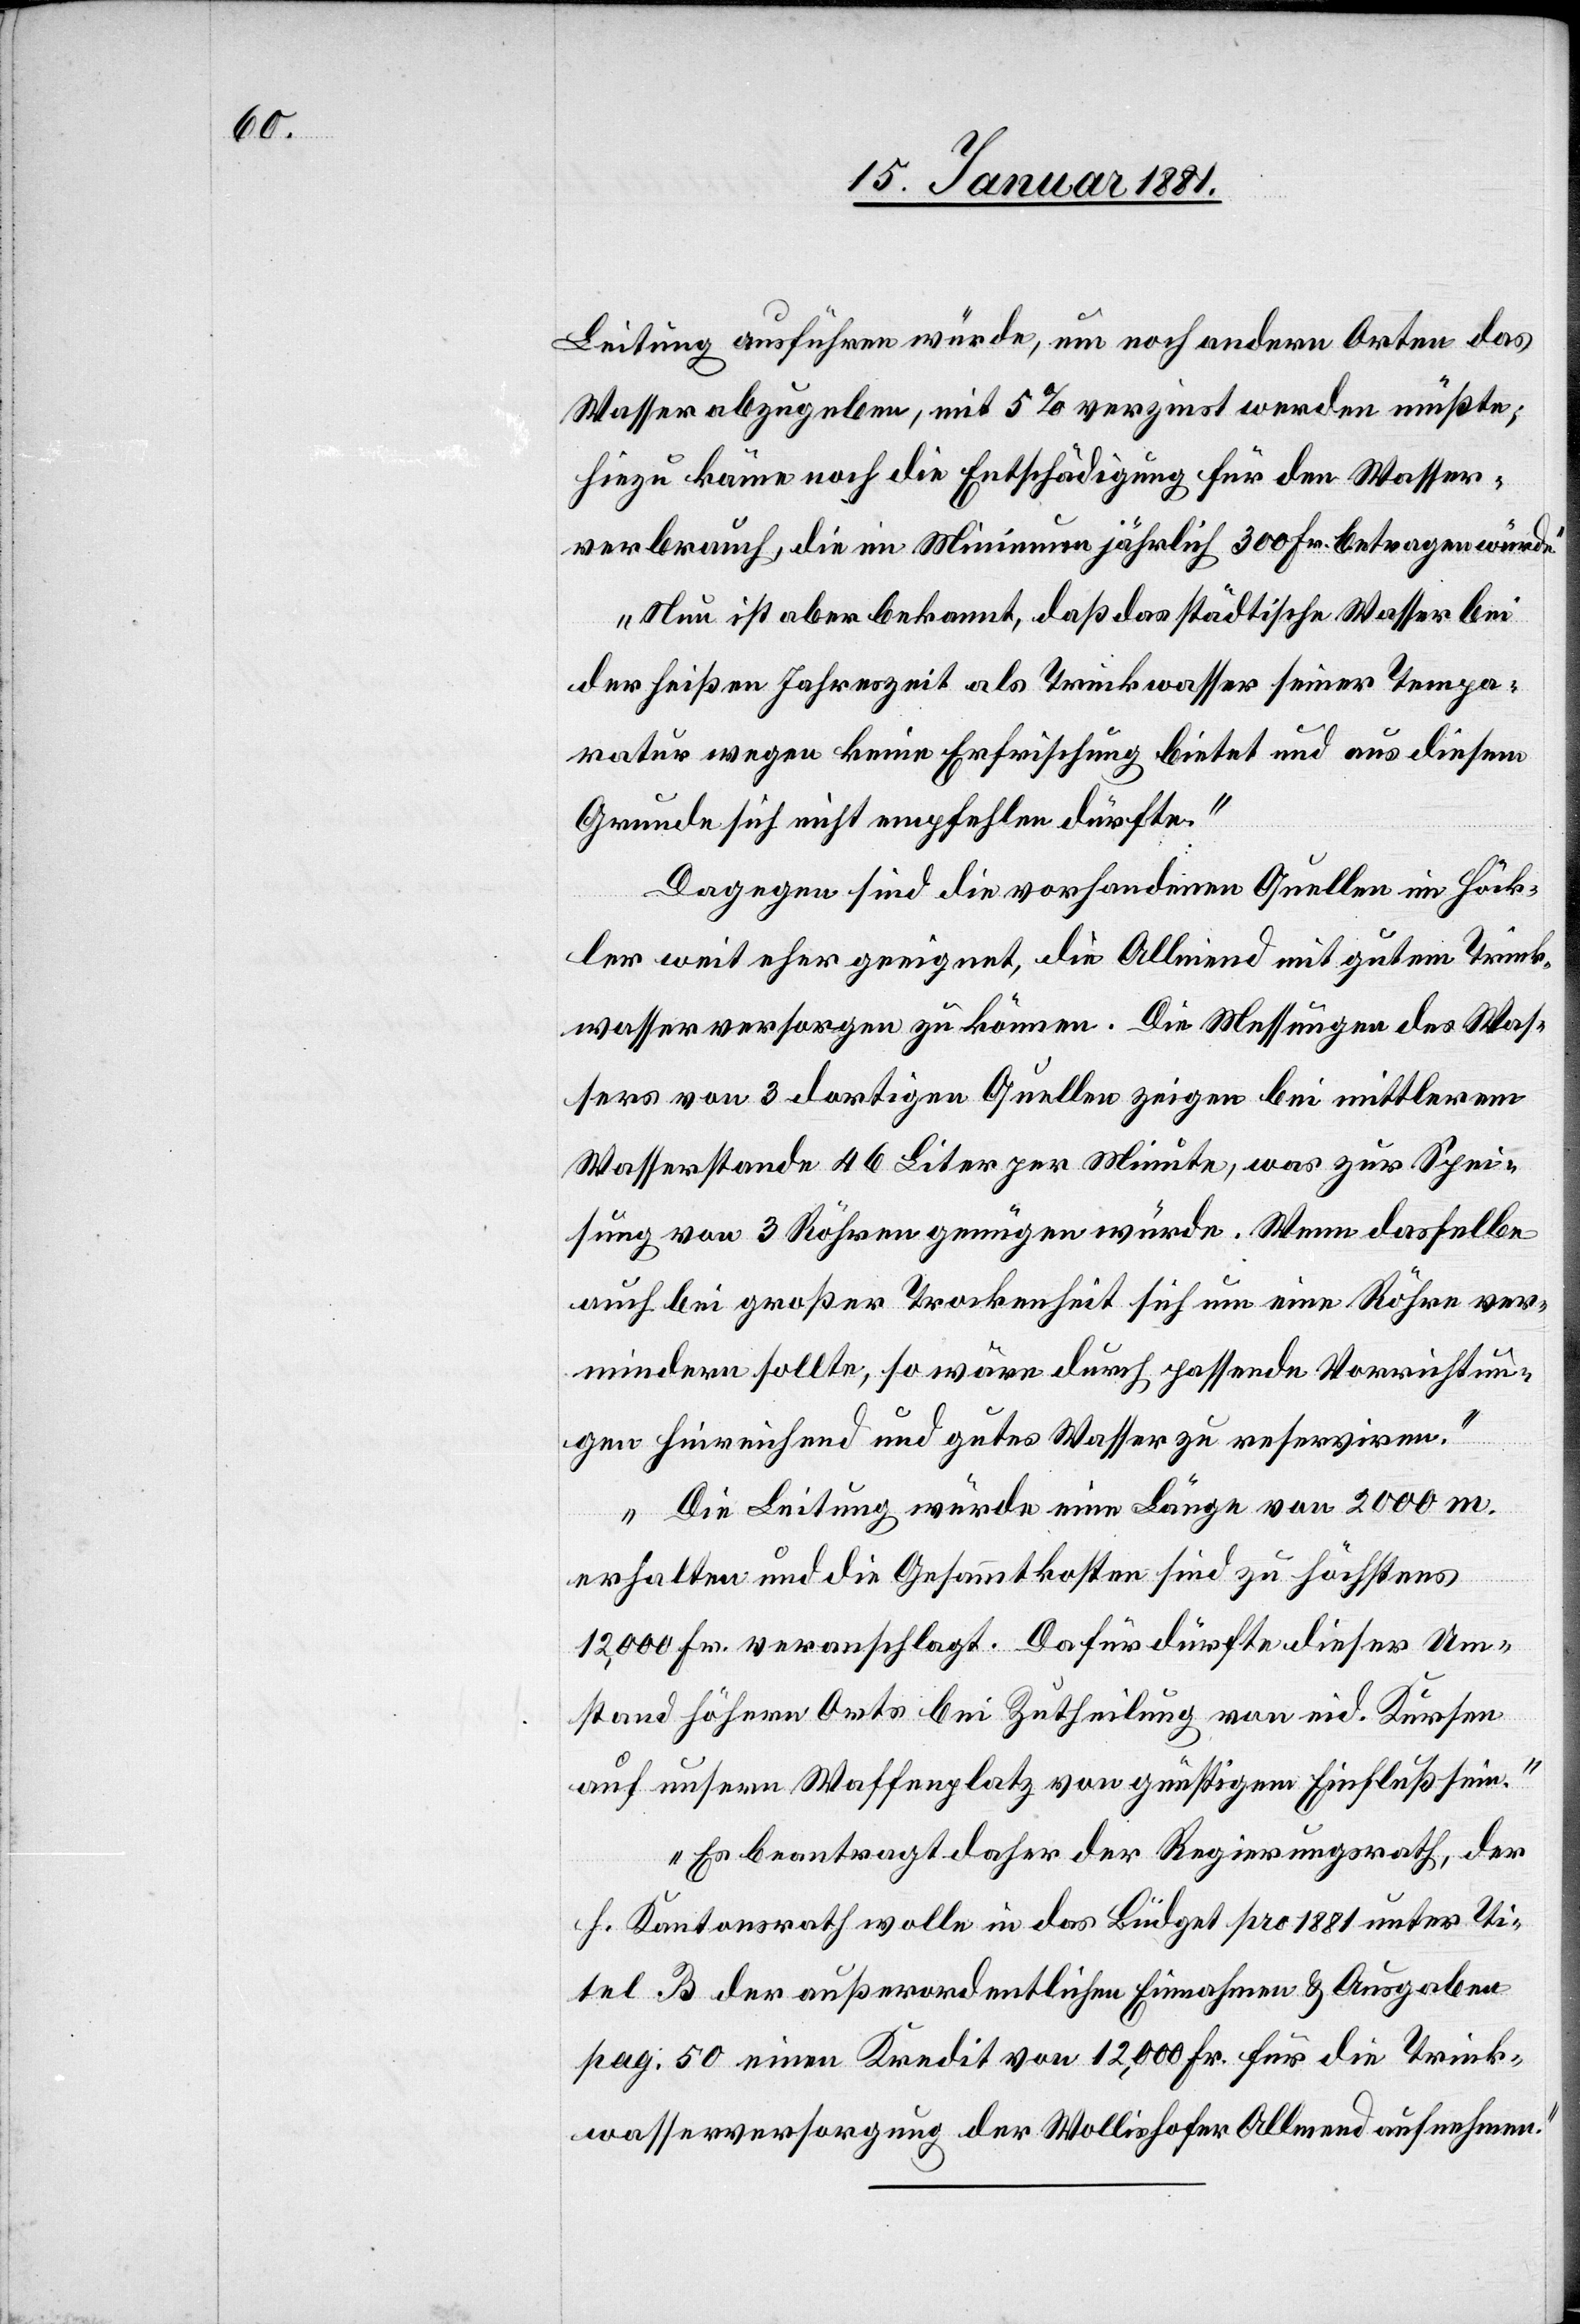
Leitung ausführen würde, um noch andern Orten das
Wasser abzugeben, mit 5% verzinst werden müßte;
hiezu käme noch die Entschädigung für den Wasser¬
verbrauch, die im Minimum jährlich 300 Fr. betragen würde.“
„Neu ist aber bekannt, daß das städtische Wasser bei
der heißen Jahreszeit als Trinkwasser seiner Tempe¬
ratur wegen keine Erfrischung bietet und aus diesem
Grunde sich nicht empfehlen dürfte.“
„Dagegen sind die vorhandenen Quellen im Höck¬
ler weit eher geeignet, die Allmend mit gutem Trink¬
wasser versorgen zu können. Die Messungen des Was¬
sers von 3 dortigen Quellen zeigen bei mittlerem
Wasserstande 46 Liter per Minute, was zur Spei¬
sung von 3 Röhren genügen würde. Wenn dasselbe
auch bei großer Trockenheit sich um eine Röhre ver¬
mindern sollte, so wäre durch passende Vorrichtun¬
gen hinreichend und gutes Wasser zu reserviren.“
„Die Leitung würde eine Länge von 2000 m.
erhalten und die Gesammtkosten sind zu höchstens
12,000 Fr. veranschlagt. Dafür dürfte dieser Um¬
stand höhern Orts bei Zutheilung von eid. Kursen
auf unsern Waffenplatz von günstigem Einfluß sein.“
„Es beantragt daher der Regierungsrath, der
h. Kantonsrath wolle in das Büdget pro 1881 unter Ti¬
tel B der außerordentlichen Einnahmen & Ausgaben
pag. 50 einen Kredit von 12,000 Fr. für die Trink¬
wasserversorgung der Wollishofer Allmend aufnehmen.“